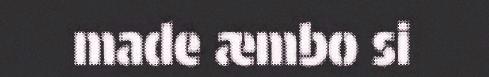
made æmbo si